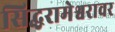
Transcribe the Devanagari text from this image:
सिद्धरामेश्वरावर